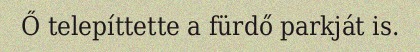
Ő telepíttette a fürdő parkját is.